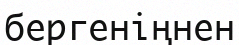
бергеніңнен